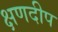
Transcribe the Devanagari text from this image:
क्षणदीप